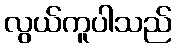
လွယ်ကူပါသည်